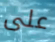
على